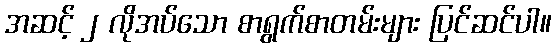
အဆင့် ၂ လိုအပ်သော စာရွက်စာတမ်းများ ပြင်ဆင်ပါ။